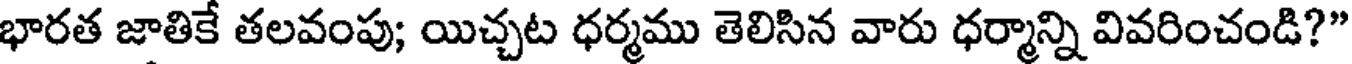
భారత జాతికే తలవంపు; యిచ్చట ధర్మము తెలిసిన వారు ధర్మాన్ని వివరించండి?"